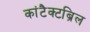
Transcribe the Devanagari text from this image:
कांटैक्टब्रिल